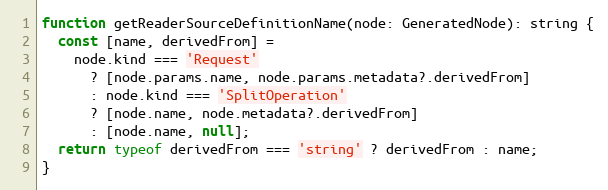
Language: JavaScript
function getReaderSourceDefinitionName(node: GeneratedNode): string {
  const [name, derivedFrom] =
    node.kind === 'Request'
      ? [node.params.name, node.params.metadata?.derivedFrom]
      : node.kind === 'SplitOperation'
      ? [node.name, node.metadata?.derivedFrom]
      : [node.name, null];
  return typeof derivedFrom === 'string' ? derivedFrom : name;
}